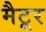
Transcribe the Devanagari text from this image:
मैटूर